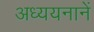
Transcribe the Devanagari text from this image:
अध्ययनानें